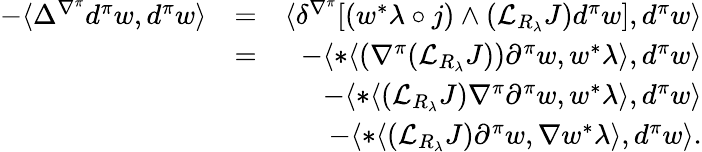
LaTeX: \begin{array}{rlr}{-\langle\Delta^{\nabla^{\pi}}d^{\pi}w,d^{\pi}w\rangle}&{=}&{\langle\delta^{\nabla^{\pi}}[(w^{*}\lambda\circ j)\wedge({\mathcal L}_{R_{\lambda}}J)d^{\pi}w],d^{\pi}w\rangle}\\ &{=}&{-\langle*\langle(\nabla^{\pi}({\mathcal L}_{R_{\lambda}}J))\partial^{\pi}w,w^{*}\lambda\rangle,d^{\pi}w\rangle}\\ &{}&{-\langle*\langle({\mathcal L}_{R_{\lambda}}J)\nabla^{\pi}\partial^{\pi}w,w^{*}\lambda\rangle,d^{\pi}w\rangle}\\ &{}&{-\langle*\langle({\mathcal L}_{R_{\lambda}}J)\partial^{\pi}w,\nabla w^{*}\lambda\rangle,d^{\pi}w\rangle.}\end{array}